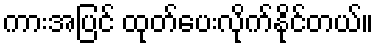
ကားအပြင် ထုတ်ပေးလိုက်နိုင်တယ်။